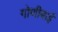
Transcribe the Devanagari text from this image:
गोणीबाई